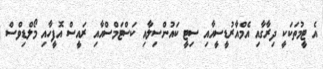
އެ ޓީމުތަކަކީ ދިރާގާއި އެމްއާރުޑީސީއާއި ސިޓީ ކައުންސިލާއި ކަސްޓަމްސްއާއި ރައީސް އޮފީހާއި މޯލްޑިވްސް